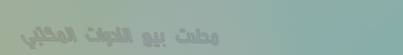
محلات بيع الأدوات المكتبي